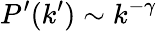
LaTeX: P^{\prime}(k^{\prime})\sim k^{-\gamma}